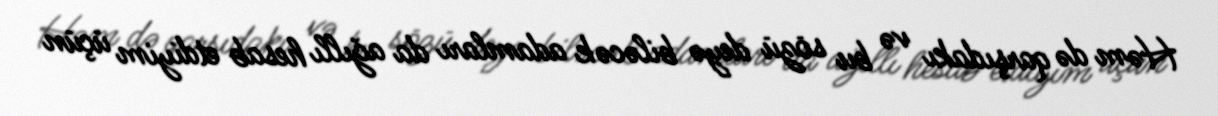
Həm də qarşıdakı və bu sözü deyə biləcək adamları da ağıllı hesab etdiyim üçün